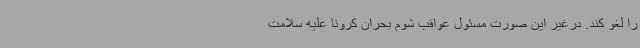
را لغو کند. درغیر این صورت مسئول عواقب شوم بحران کرونا علیه سلامت